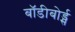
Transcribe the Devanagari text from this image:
बॉडीबोर्ड्स